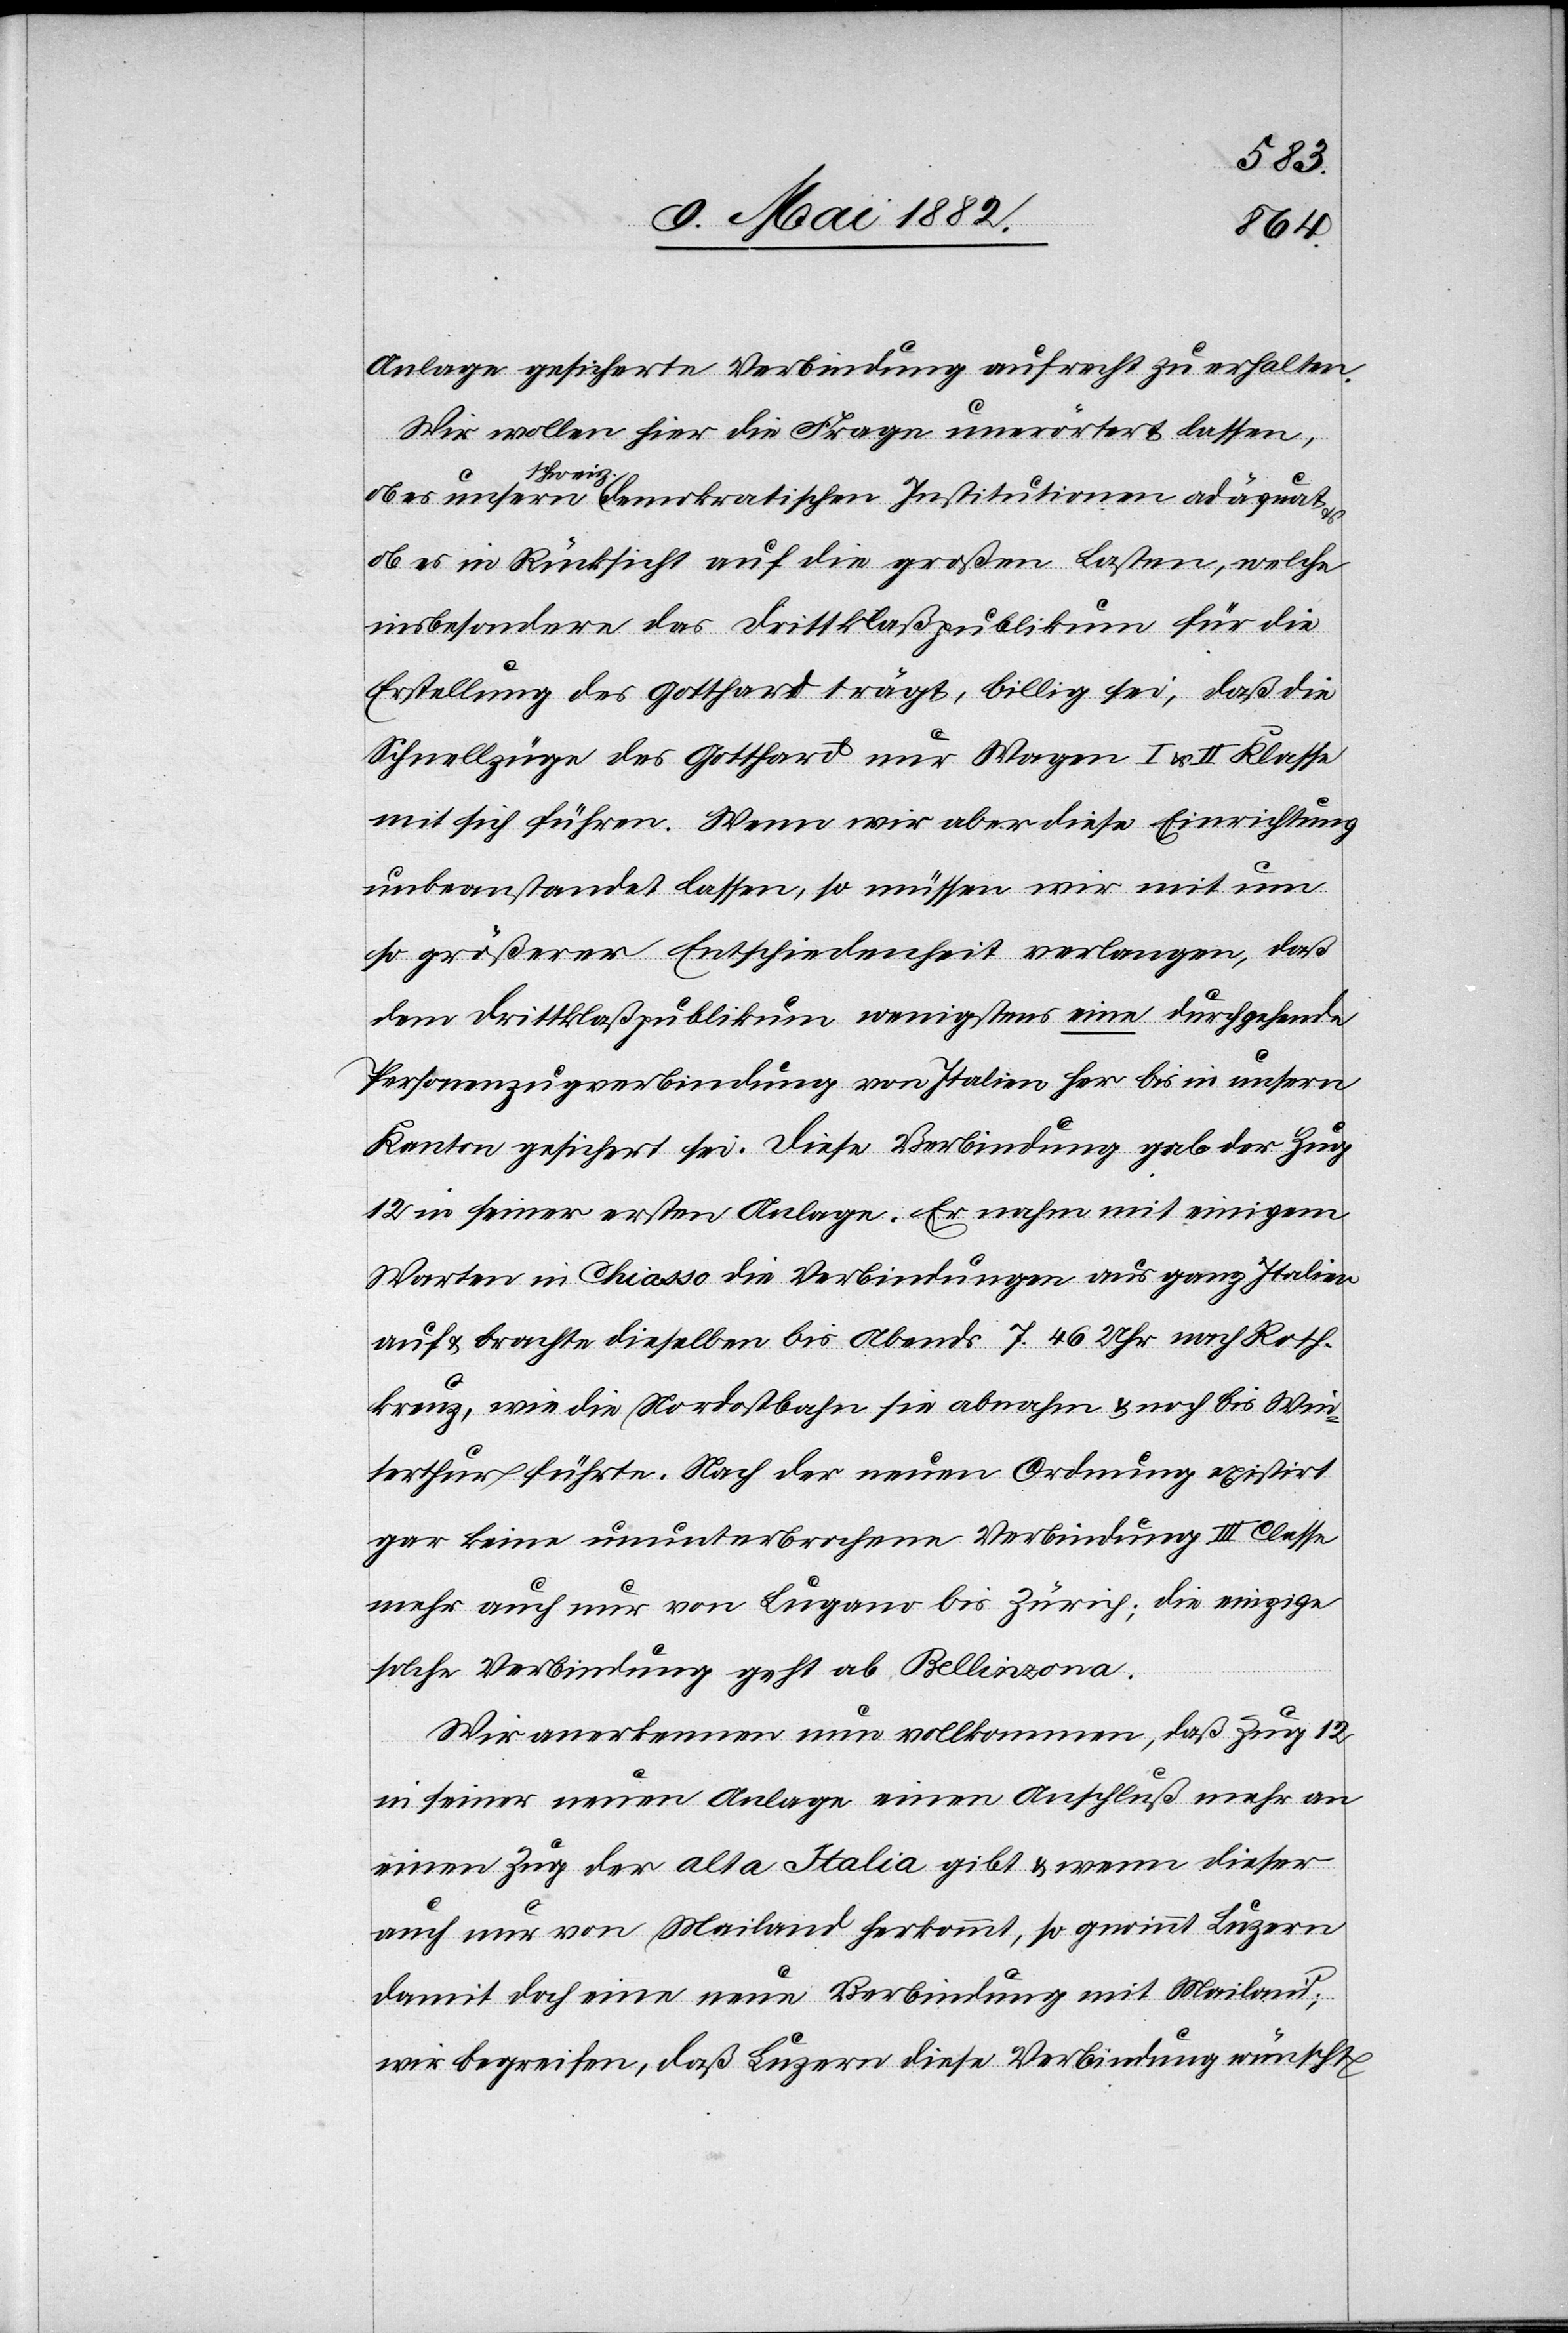
Anlage gesicherte Verbindung aufrecht zu erhalten.
Wir wollen hier die Frage unerörtert lassen,
ob es unsern schweiz. demokratischen Institutionen adäquat
ob es in Rücksicht auf die großen Lasten, welche
insbesondere das Drittklaßpublikum für die
Erstellung des Gotthard trägt, billig sei, daß die
Schnellzüge des Gotthard nur Wagen I & II Klasse
mit sich führen. Wenn wir aber diese Einrichtung
unbeanstandet lassen, so müssen wir mit um
so größerer Entschiedenheit verlangen, daß
dem Drittklaßpublikum wenigstens eine durchgehende
Personenzugverbindung von Italien her bis in unsern
Kanton gesichert sei. Diese Verbindung gab der Zug
12 in seiner ersten Anlage. Er nahm mit einigem
Warten in Chiasso die Verbindungen aus ganz Italien
auf & brachte dieselben bis Abends 7.46 Uhr nach Roth¬
kreuz, wie die Nordostbahn sie abnahm & noch bis Win¬
terthur führte. Nach der neuen Ordnung existirt
gar keine ununterbrochene Verbindung III Classe
mehr auch nur von Lugano bis Zürich; die einzige
solche Verbindung geht ab Bellinzona.
Wir anerkennen nun vollkommen, daß Zug 12
in seiner neuen Anlage einen Anschluß mehr an
einen Zug der alta Italia gibt & wenn dieser
auch nur von Mailand herkommt, so gewinnt Luzern
damit doch eine neue Verbindung mit Mailand;
wir begreifen, daß Luzern diese Verbindung wünscht.